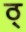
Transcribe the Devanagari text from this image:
ठ्‌